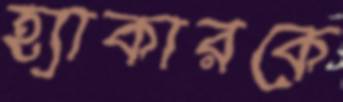
হ্যাকারকে